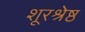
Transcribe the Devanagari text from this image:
शूरश्रेष्ठ